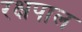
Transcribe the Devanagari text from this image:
रक्षपाल